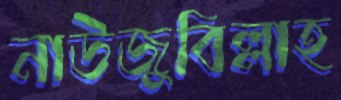
নাউজুবিল্লাহ